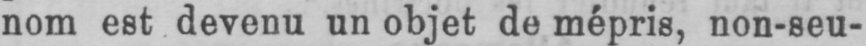
nom est devenu un objet de mépris, non-seu-